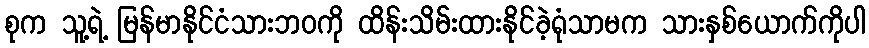
စုက သူ့ရဲ့ မြန်မာနိုင်ငံသားဘဝကို ထိန်းသိမ်းထားနိုင်ခဲ့ရုံသာမက သားနှစ်ယောက်ကိုပါ